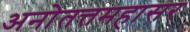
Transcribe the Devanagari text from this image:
अनोतत्तमहासर